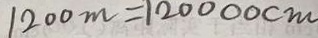
1 2 0 0 m = 1 2 0 0 0 0 c m